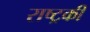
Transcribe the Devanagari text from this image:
राष्ट्रकी